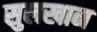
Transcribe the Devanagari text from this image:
सुलखान